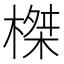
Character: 榤